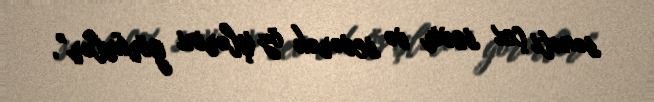
sənəti çox sevir və sevərək öz işlərini görürlər”.